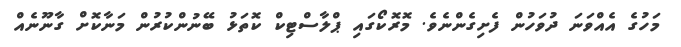
މަހުގެ އެއްވަނަ ދުވަހުން ފެށިގެންނެވެ. މޮރޮކޯގައި ޕްލާސްޓިކް ކޮތަޅު ބޭނުންކުރުން މަނާކޮށް ގާނޫނެއް